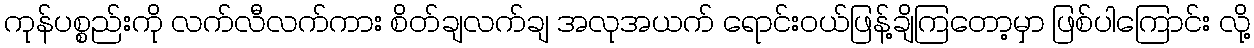
ကုန်ပစ္စည်းကို လက်လီလက်ကား စိတ်ချလက်ချ အလုအယက် ရောင်းဝယ်ဖြန့်ချိကြတော့မှာ ဖြစ်ပါကြောင်း လို့